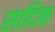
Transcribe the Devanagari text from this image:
सादिक